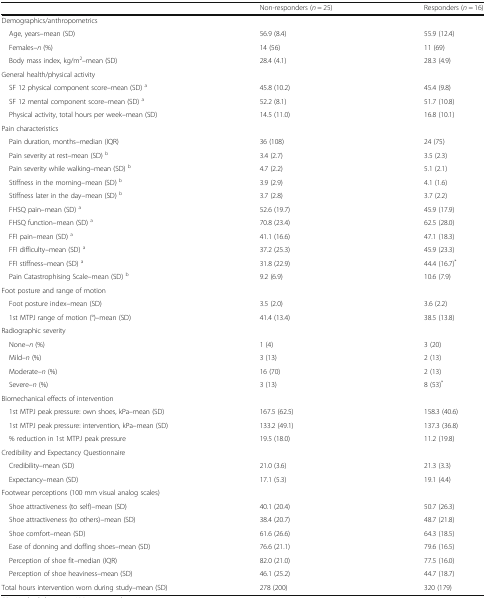
<table><thead><tr><td></td><td><b>Non-responders (<i>n</i> = 25)</b></td><td><b>Responders (<i>n</i> = 16)</b></td></tr></thead><tbody><tr><td colspan="3">Demographics/anthropometrics</td></tr><tr><td> Age, years–mean (SD)</td><td>56.9 (8.4)</td><td>55.9 (12.4)</td></tr><tr><td> Females–<i>n</i> (%)</td><td>14 (56)</td><td>11 (69)</td></tr><tr><td> Body mass index, kg/m<sup>2</sup>–mean (SD)</td><td>28.4 (4.1)</td><td>28.3 (4.9)</td></tr><tr><td colspan="3">General health/physical activity</td></tr><tr><td> SF 12 physical component score–mean (SD) <sup>a</sup></td><td>45.8 (10.2)</td><td>45.4 (9.8)</td></tr><tr><td> SF 12 mental component score–mean (SD) <sup>a</sup></td><td>52.2 (8.1)</td><td>51.7 (10.8)</td></tr><tr><td> Physical activity, total hours per week–mean (SD)</td><td>14.5 (11.0)</td><td>16.8 (10.1)</td></tr><tr><td colspan="3">Pain characteristics</td></tr><tr><td> Pain duration, months–median (IQR)</td><td>36 (108)</td><td>24 (75)</td></tr><tr><td> Pain severity at rest–mean (SD) <sup>b</sup></td><td>3.4 (2.7)</td><td>3.5 (2.3)</td></tr><tr><td> Pain severity while walking–mean (SD) <sup>b</sup></td><td>4.7 (2.2)</td><td>5.1 (2.1)</td></tr><tr><td> Stiffness in the morning–mean (SD) <sup>b</sup></td><td>3.9 (2.9)</td><td>4.1 (1.6)</td></tr><tr><td> Stiffness later in the day–mean (SD) <sup>b</sup></td><td>3.7 (2.8)</td><td>3.7 (2.2)</td></tr><tr><td> FHSQ pain–mean (SD) <sup>a</sup></td><td>52.6 (19.7)</td><td>45.9 (17.9)</td></tr><tr><td> FHSQ function–mean (SD) <sup>a</sup></td><td>70.8 (23.4)</td><td>62.5 (28.0)</td></tr><tr><td> FFI pain–mean (SD) <sup>a</sup></td><td>41.1 (16.6)</td><td>47.1 (18.3)</td></tr><tr><td> FFI difficulty–mean (SD) <sup>a</sup></td><td>37.2 (25.3)</td><td>45.9 (23.3)</td></tr><tr><td> FFI stiffness–mean (SD) <sup>a</sup></td><td>31.8 (22.9)</td><td>44.4 (16.7)<sup>*</sup></td></tr><tr><td> Pain Catastrophising Scale–mean (SD) <sup>b</sup></td><td>9.2 (6.9)</td><td>10.6 (7.9)</td></tr><tr><td colspan="3">Foot posture and range of motion</td></tr><tr><td> Foot posture index–mean (SD)</td><td>3.5 (2.0)</td><td>3.6 (2.2)</td></tr><tr><td> 1st MTPJ range of motion (°)–mean (SD)</td><td>41.4 (13.4)</td><td>38.5 (13.8)</td></tr><tr><td colspan="3">Radiographic severity</td></tr><tr><td> None–<i>n</i> (%)</td><td>1 (4)</td><td>3 (20)</td></tr><tr><td> Mild–<i>n</i> (%)</td><td>3 (13)</td><td>2 (13)</td></tr><tr><td> Moderate–<i>n</i> (%)</td><td>16 (70)</td><td>2 (13)</td></tr><tr><td> Severe–<i>n</i> (%)</td><td>3 (13)</td><td>8 (53)<sup>*</sup></td></tr><tr><td colspan="3">Biomechanical effects of intervention</td></tr><tr><td> 1st MTPJ peak pressure: own shoes, kPa–mean (SD)</td><td>167.5 (62.5)</td><td>158.3 (40.6)</td></tr><tr><td> 1st MTPJ peak pressure: intervention, kPa–mean (SD)</td><td>133.2 (49.1)</td><td>137.3 (36.8)</td></tr><tr><td> % reduction in 1st MTPJ peak pressure</td><td>19.5 (18.0)</td><td>11.2 (19.8)</td></tr><tr><td colspan="3">Credibility and Expectancy Questionnaire</td></tr><tr><td> Credibility–mean (SD)</td><td>21.0 (3.6)</td><td>21.3 (3.3)</td></tr><tr><td> Expectancy–mean (SD)</td><td>17.1 (5.3)</td><td>19.1 (4.4)</td></tr><tr><td colspan="3">Footwear perceptions (100 mm visual analog scales)</td></tr><tr><td> Shoe attractiveness (to self)–mean (SD)</td><td>40.1 (20.4)</td><td>50.7 (26.3)</td></tr><tr><td> Shoe attractiveness (to others)–mean (SD)</td><td>38.4 (20.7)</td><td>48.7 (21.8)</td></tr><tr><td> Shoe comfort–mean (SD)</td><td>61.6 (26.6)</td><td>64.3 (18.5)</td></tr><tr><td> Ease of donning and doffing shoes–mean (SD)</td><td>76.6 (21.1)</td><td>79.6 (16.5)</td></tr><tr><td> Perception of shoe fit–median (IQR)</td><td>82.0 (21.0)</td><td>77.5 (16.0)</td></tr><tr><td> Perception of shoe heaviness–mean (SD)</td><td>46.1 (25.2)</td><td>44.7 (18.7)</td></tr><tr><td>Total hours intervention worn during study–mean (SD)</td><td>278 (200)</td><td>320 (179)</td></tr></tbody></table>